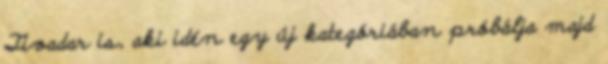
Tivadar is, aki idén egy új kategóriában próbálja majd